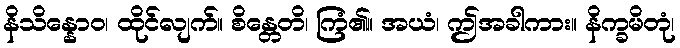
နိသိန္နောဝ၊ ထိုင်လျက်။ စိန္တေတိ၊ ကြံ၏။ အယံ၊ ဤအခါကား။ နိက္ခမိတုံ၊